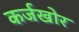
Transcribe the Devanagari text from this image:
कर्जखोर